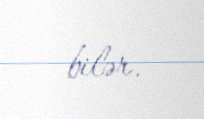
bilər.